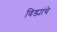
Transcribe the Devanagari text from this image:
विड्यांचे